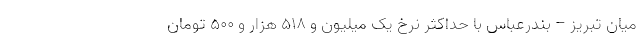
میان تبریز – بندرعباس با حداکثر نرخ یک میلیون و ۵۱۸ هزار و ۵۰۰ تومان